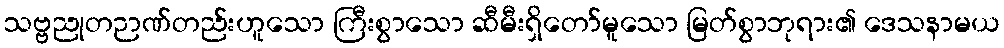
သဗ္ဗညုတဉာဏ်တည်းဟူသော ကြီးစွာသော ဆီမီးရှိတော်မူသော မြတ်စွာဘုရား၏ ဒေသနာမယ